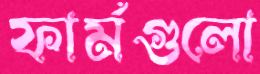
ফার্মগুলো